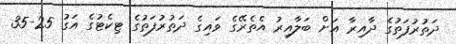
ދަތުރުފަތުގެ ދާއިރާ އަށް ބަލާއިރު އެތެރޭގެ ވައިގެ ދަތުރުފަތުގެ ޓިކެޓުގެ އަގު 25-35